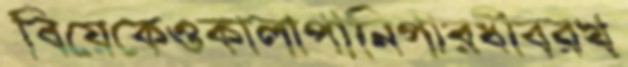
বিয়েকেওকালাপানিপারধীবরখ